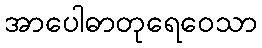
အာပေါဓာတုရေဝေသာ